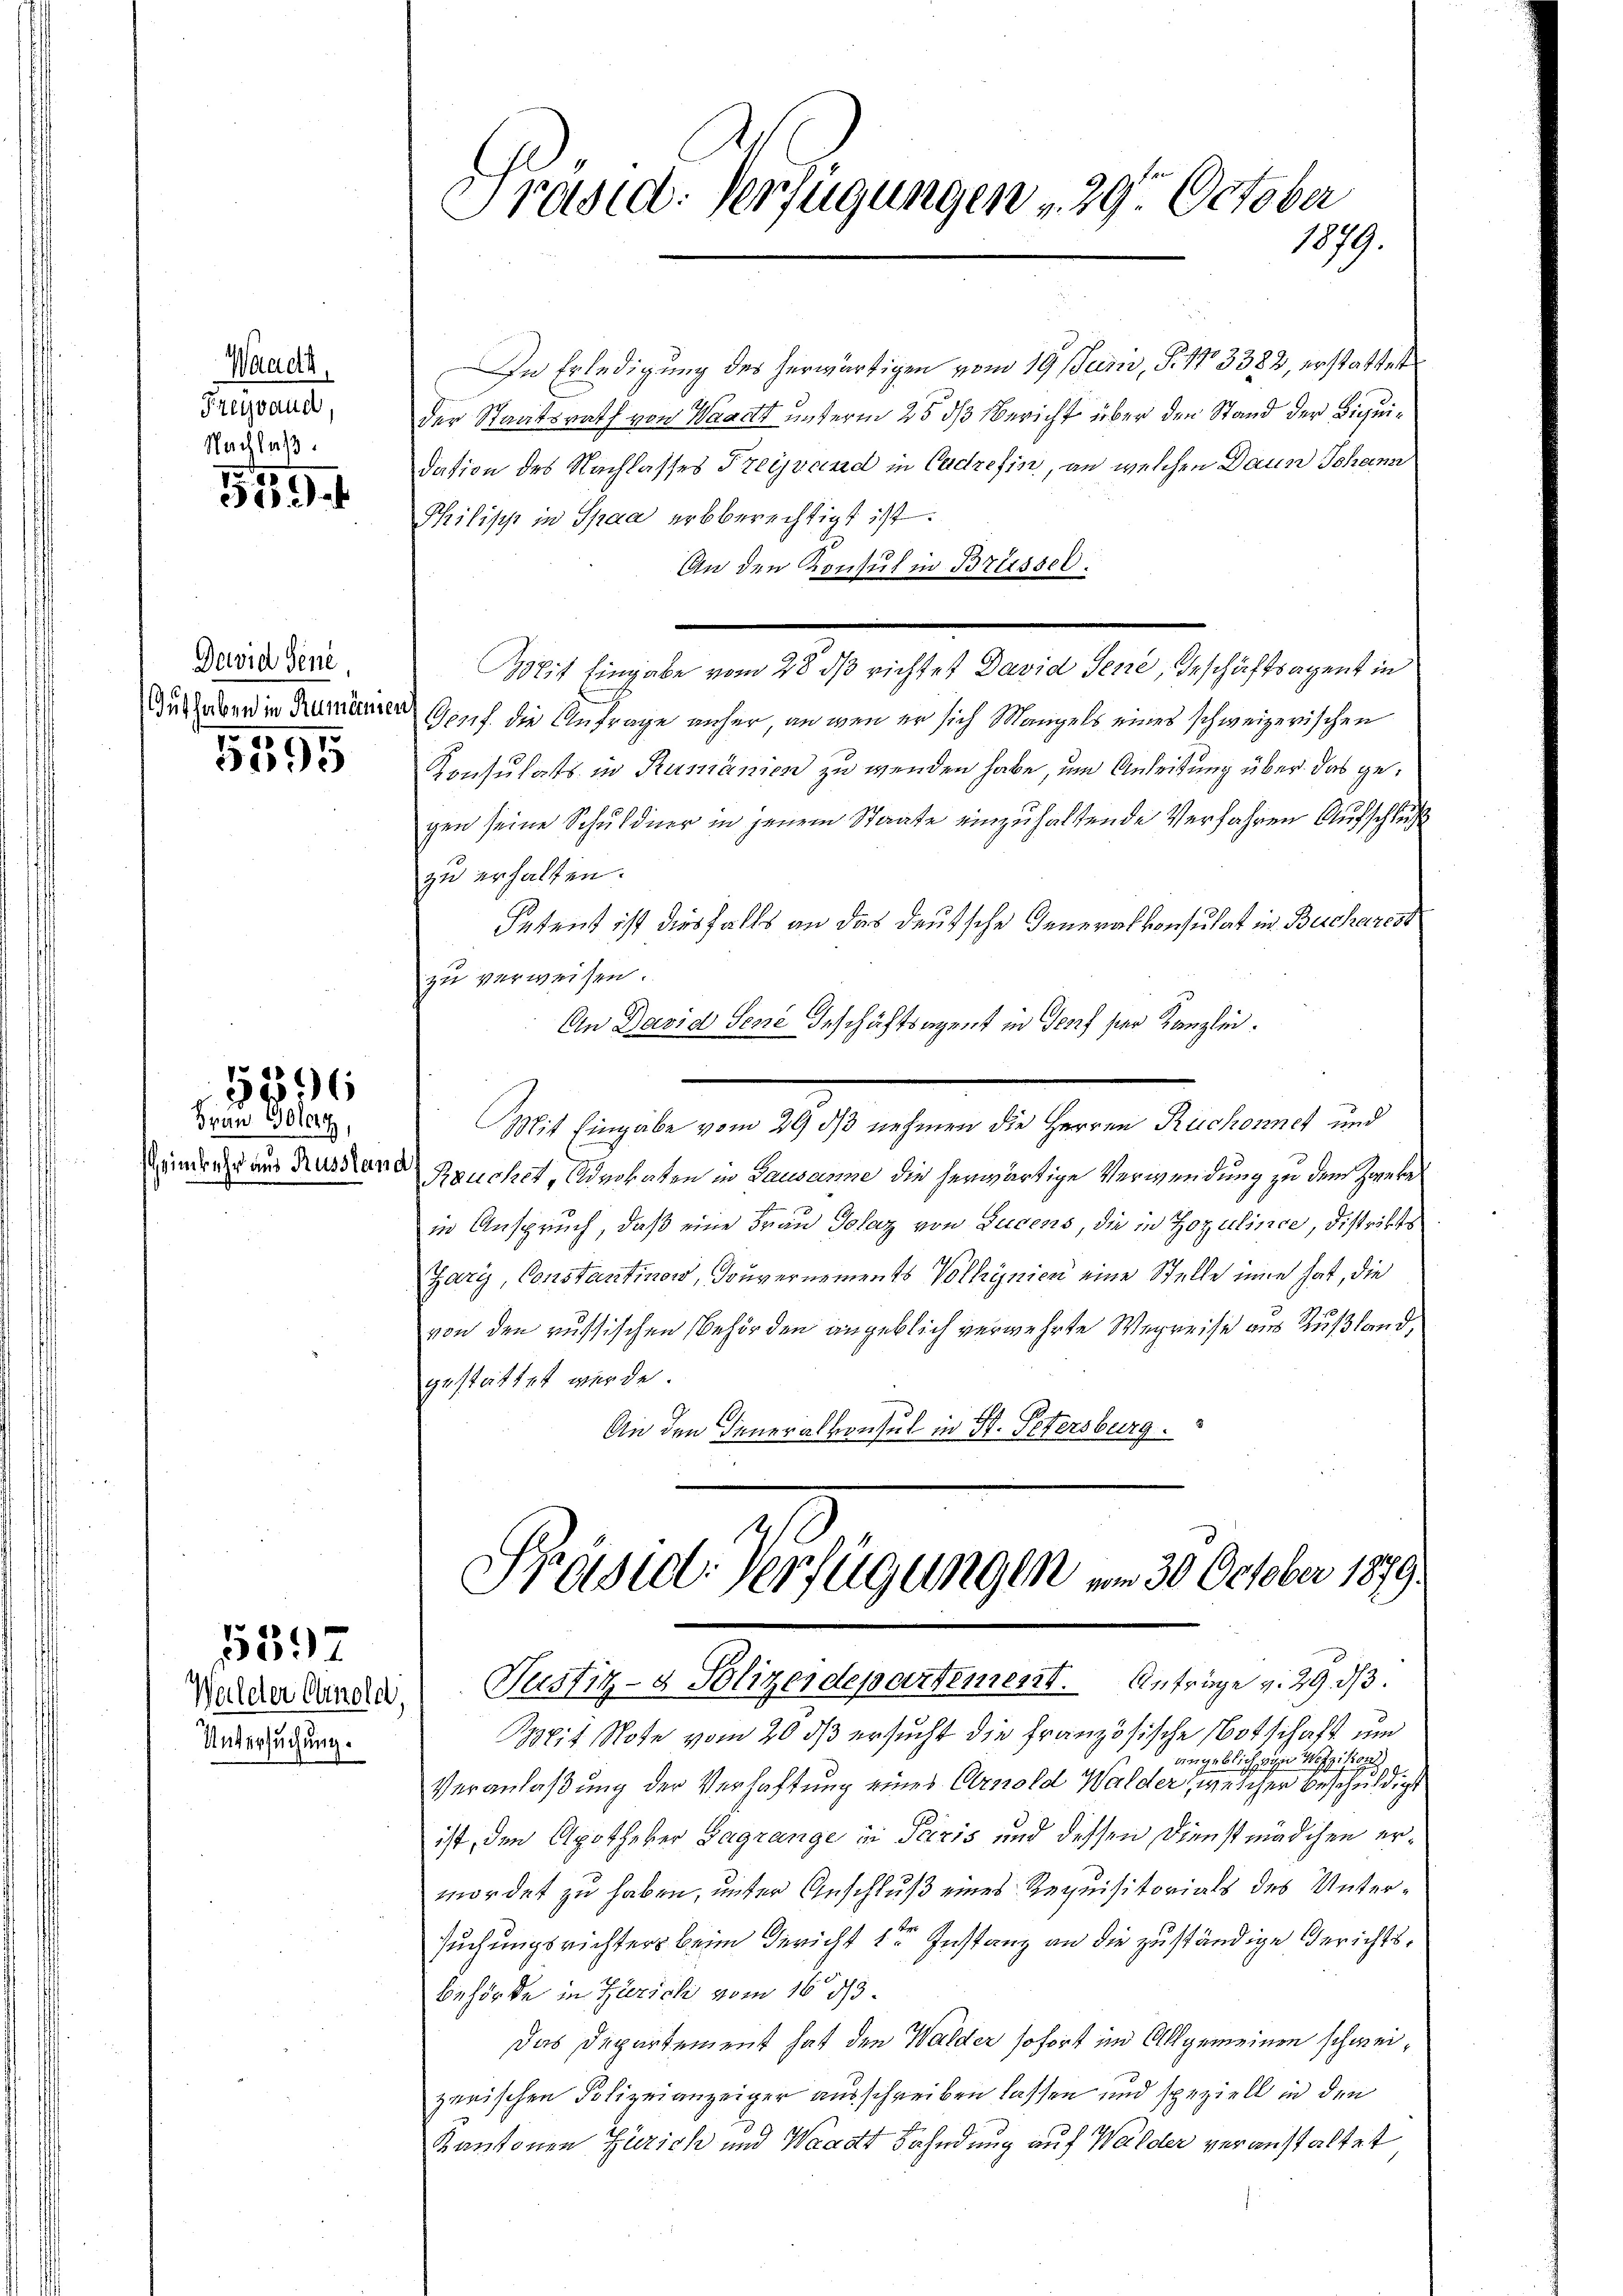
Waadt
Freyvaud,
Nachlaß.

559.

Dowid Gene
Guthaben in Rumösen,

5595

12596
Gran Goler,

5397

Walder Arnold,
Untersuchung.

In Erledigung des herwärtigen vom 19. Junii, S. 173383, erstattet
der Staatsrath von Waadt unterm 25 ds Bericht über den Stand der Liquidation des Nachlasses Freyvand in Cadrefin, an welchen Dann Johann
Philipp in Spaa erbberechtigt ist.
An den Konsul in Brüssel.
Mit Eingabe vom 28. ds richtet David Jene, Geschäftsagent in
Genf die Anfrage anher, an wenn er sich Mangels eines schweizerischen
Konsulats in Rumänien zu wenden habe, um Anleitung über das gegen seine Schuldner in jenem Staate einzuhaltende Verfahren Aufschluß
zu erhalten.
Petent ist diesfalls an das deutsche Generalkonsulat in Bucharest
zu verweisen.
An David Sene Geschäftsagent in Genf der Kanzlei¬
Mit Eingabe vom 29 dß nehmen die Herren Ruchonnet und
pindere aus Russland Bruchet, Advokaten in Bausanne die herwärtige Verwendung zu dem Zweke
in Anspruch, daß eine Frau Golaz von Lucens, die in Zozulinie, Distrikts
Gary, Constantinow, Souvernements Volhynien eine Stelle inne hat, die
von den russischen Behörden angeblich verwehrte Wegreise aus Rußland,
gestattet wurde.
An den Generalkonsul in H. Petersburg.

Präsid. Verfügungen 29. October
1879.

Präsid. Verfügungen vom 30. October 1879.
Justiz- & Polizeidepartement. Anträge v. 29. 33.

Bit Note vom 20 dß ersucht die Französische Botschaft um
angeblich von Wetzikon
Veranlaßung der Verhaftung eines Arnold Walder, welcher beschuldigt
ist, den Apotheker Sagrange in Paris und dessen Dienstmädchen ermordet zu haben, unter Anschluß eines Requisitorials des Untersuchungsrichters beim Gericht der Instanz an die zuständige Gerichts¬
Behörde in Zürich vom 16 1/3.
Das Departement hat den Walder sofort im Allgemeinen schweizarischen Polizeianzeiger ausschreiben lassen und speziell in den
Kantonen Zürich und Waadt Bahndung auf Walder veranstaltet